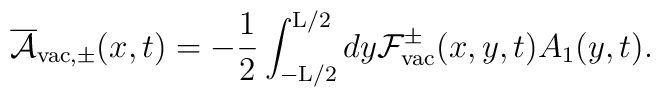
\overline{\cal A}_{{\rm vac},\pm}(x,t) = - \frac{1}{2}\int_{-{\rm L}/2}^{{\rm L}/2} dy {\cal F}_{\rm vac}^{\pm}(x,y,t) A_1(y,t).